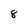
Character: 8